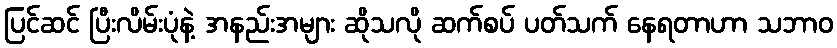
ပြင်ဆင် ပြီးလိမ်းပုံနဲ့ အနည်းအများ ဆိုသလို ဆက်စပ် ပတ်သက် နေရတာဟာ သဘာဝ